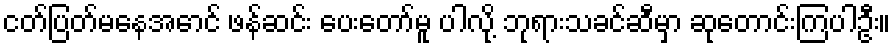
ငတ်ပြတ်မနေအောင် ဖန်ဆင်း ပေးတော်မူ ပါလို့ ဘုရားသခင်ဆီမှာ ဆုတောင်းကြပါဦး။